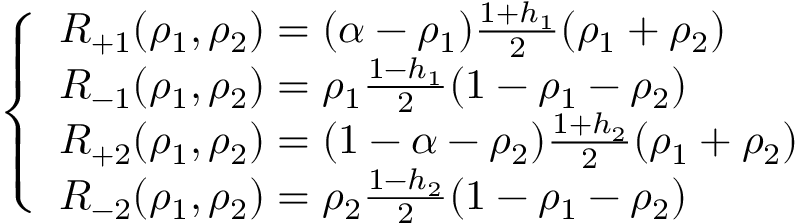
\left\{ \begin{array} { l l } { R _ { + 1 } ( \rho _ { 1 } , \rho _ { 2 } ) = ( \alpha - \rho _ { 1 } ) \frac { 1 + h _ { 1 } } { 2 } ( \rho _ { 1 } + \rho _ { 2 } ) } \\ { R _ { - 1 } ( \rho _ { 1 } , \rho _ { 2 } ) = \rho _ { 1 } \frac { 1 - h _ { 1 } } { 2 } ( 1 - \rho _ { 1 } - \rho _ { 2 } ) } \\ { R _ { + 2 } ( \rho _ { 1 } , \rho _ { 2 } ) = ( 1 - \alpha - \rho _ { 2 } ) \frac { 1 + h _ { 2 } } { 2 } ( \rho _ { 1 } + \rho _ { 2 } ) } \\ { R _ { - 2 } ( \rho _ { 1 } , \rho _ { 2 } ) = \rho _ { 2 } \frac { 1 - h _ { 2 } } { 2 } ( 1 - \rho _ { 1 } - \rho _ { 2 } ) } \end{array} \right.